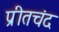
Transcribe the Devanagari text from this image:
प्रीतचंद